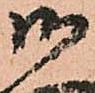
御